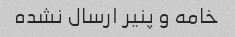
خامه و پنیر ارسال نشده